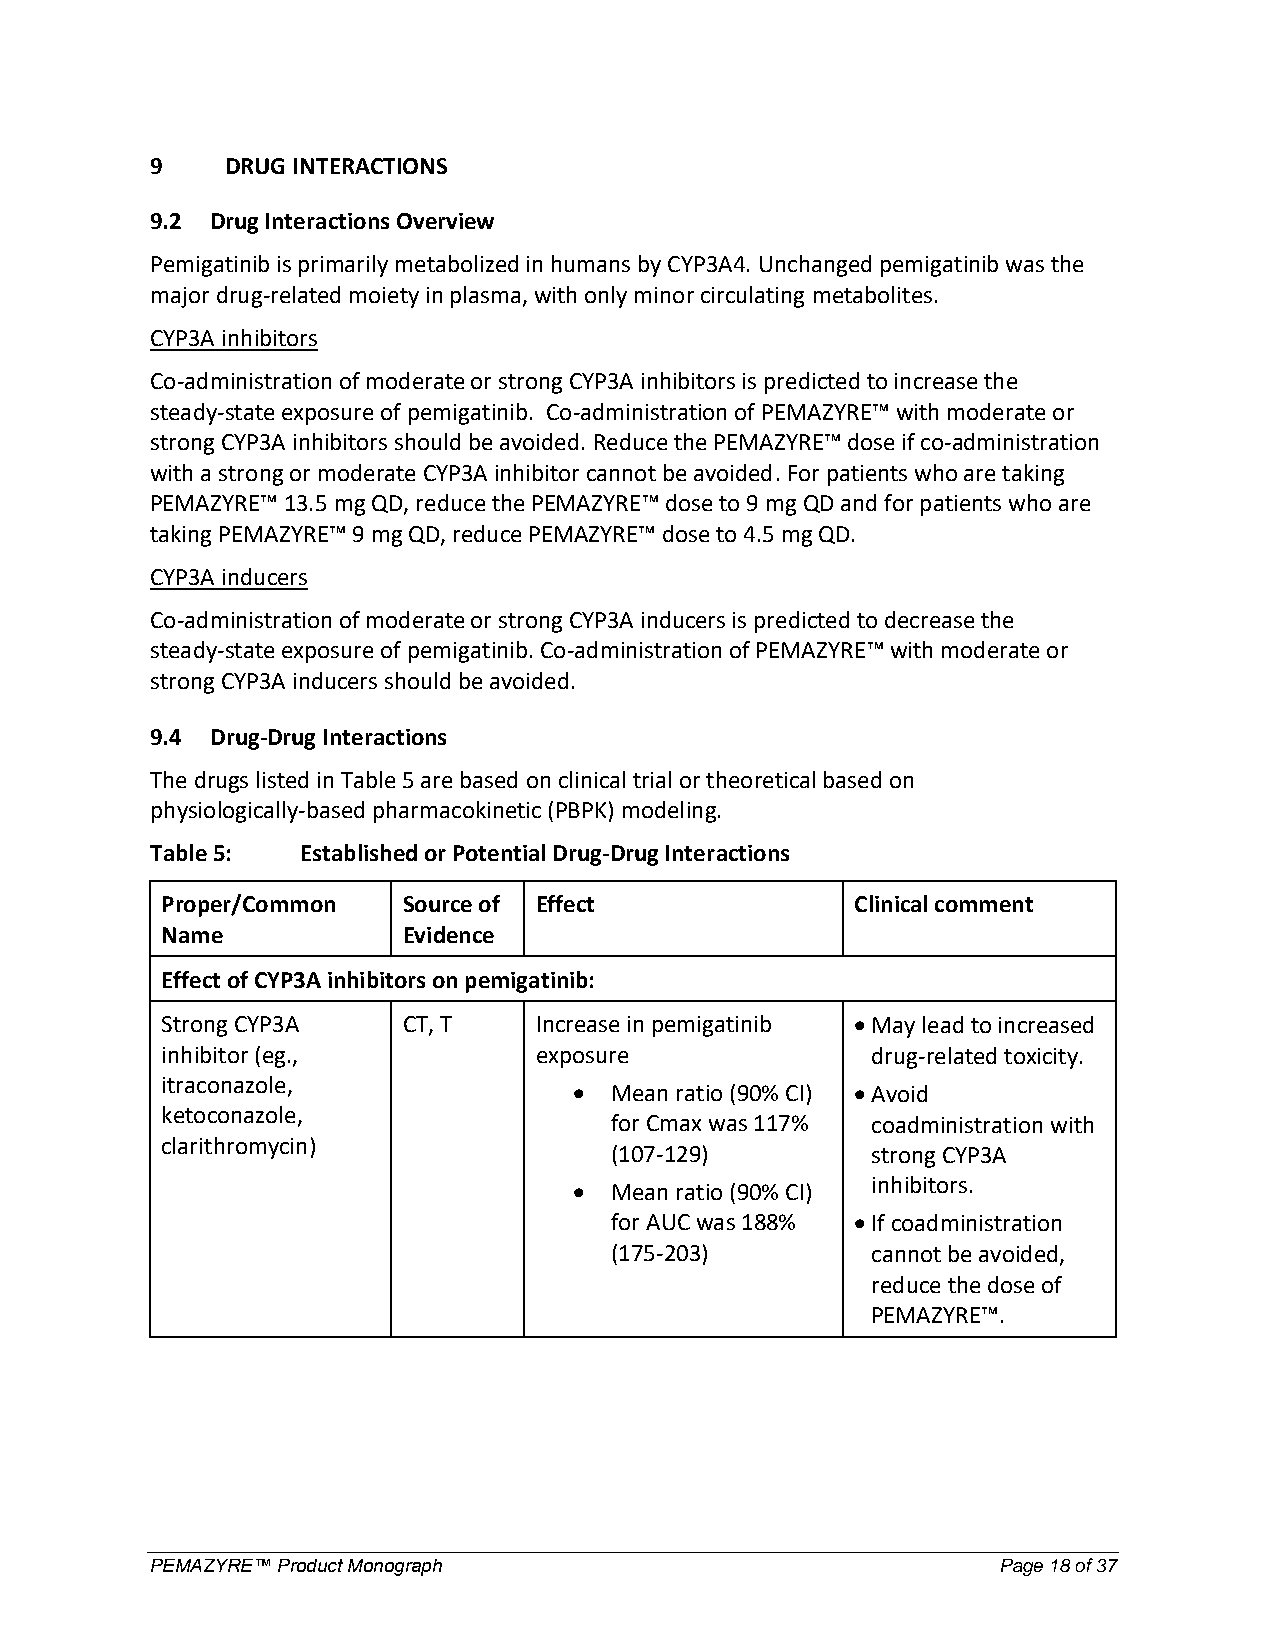
9    DRUG INTERACTIONS
 9.2 Drug Interactions Overview
 Pemigatinib is primarily metabolized in humans by CYP3A4. Unchanged pemigatinib was the
 major drug-related moiety in plasma, with only minor circulating metabolites.
 CYP3A inhibitors
 Co-administration of moderate or strong CYP3A inhibitors is predicted to increase the
 steady-state exposure of pemigatinib. Co-administration of PEMAZYRE™ with moderate or
 strong CYP3A inhibitors should be avoided. Reduce the PEMAZYRE™ dose if co-administration
 with a strong or moderate CYP3A inhibitor cannot be avoided. For patients who are taking
 PEMAZYRE™ 13.5 mg QD, reduce the PEMAZYRE™ dose to 9 mg QD and for patients who are
 taking PEMAZYRE™ 9 mg QD, reduce PEMAZYRE™ dose to 4.5 mg QD.
 CYP3A inducers
 Co-administration of moderate or strong CYP3A inducers is predicted to decrease the
 steady-state exposure of pemigatinib. Co-administration of PEMAZYRE™ with moderate or
 strong CYP3A inducers should be avoided.
 9.4 Drug-Drug Interactions
 The drugs listed in Table 5 are based on clinical trial or theoretical based on
 physiologically-based pharmacokinetic (PBPK) modeling.
 Table 5:  Established or Potential Drug-Drug Interactions
 Proper/Common   Source of Effect              Clinical comment
 Name            Evidence
 Effect of CYP3A inhibitors on pemigatinib:
 Strong CYP3A    CT, T   Increase in pemigatinib  May lead to increased
 inhibitor (eg.,         exposure               drug-related toxicity.
 itraconazole,
  Mean ratio (90% CI)  Avoid
 ketoconazole,
 for Cmax was 117% coadministration with
 clarithromycin)
 (107-129)         strong CYP3A
  Mean ratio (90% CI) inhibitors.
 for AUC was 188%  If coadministration
 (175-203)         cannot be avoided,
 reduce the dose of
 PEMAZYRE™.
 PEMAZYRE™ Product Monograph                             Page 18 of 37